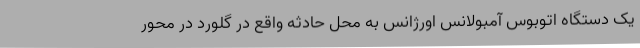
یک دستگاه اتوبوس آمبولانس اورژانس به محل حادثه واقع در گلورد در محور